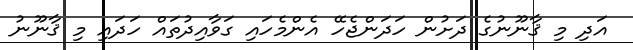
އަދި މި ޤާނޫނުގެ ދަށުން ހަދަންޖެހޭ އެންމެހައި ގަވާއިދުތައް ހަދައި މި ޤާނޫނު